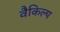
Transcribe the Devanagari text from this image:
वैकिल्प